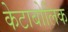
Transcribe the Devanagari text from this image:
केटाबोलिक